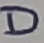
Text: D